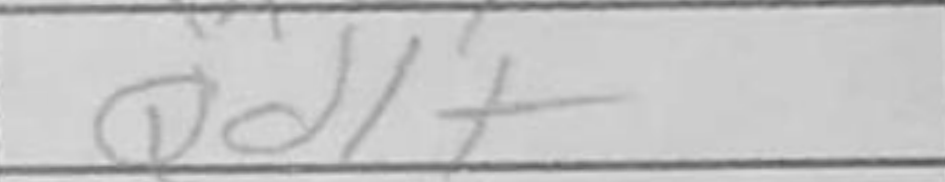
Transcription: Qd1+